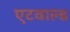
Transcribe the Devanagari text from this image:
एटवाल्ड